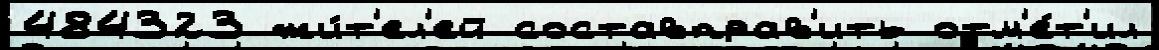
484323 жи́т'ел'ей составправ'ить отм'е́т'ил